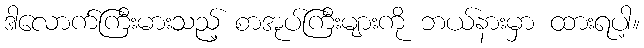
ဒါလောက်ကြီးမားသည့် စာအုပ်ကြီးများကို ဘယ်နားမှာ ထားရပါ့။